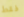
فقط